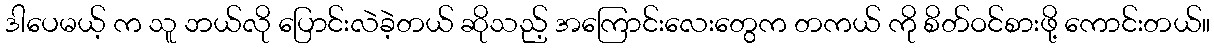
ဒါပေမယ့် က သူ ဘယ်လို ပြောင်းလဲခဲ့တယ် ဆိုသည့် အကြောင်းလေးတွေက တကယ် ကို စိတ်ဝင်စားဖို့ ကောင်းတယ်။